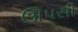
ઊપસી